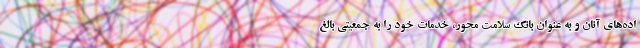
اده‌های آنان و به عنوان بانک سلامت محور، خدمات خود را به جمعیتی بالغ